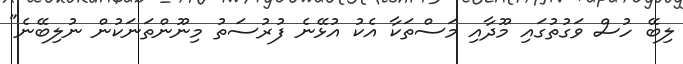
ލިބޭ ހުސް ވަގުތުގައި މޫދާއި މަސްތަކާ އެކު އުޅޭނެ ފުރުސަތު މިނޫންތަނަކުން ނުލިބޭނެ"